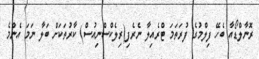
ރޮނާލްޑޯއާ ބެހޭ ފިލްމުގެ ފުރަތަމަ ޓްރެއިލާ ނެރެފި(ރިލެކްސްނިއުސް) ކާރުތަކަށް ބަލާ ނަމަ އެންމެ